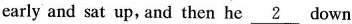
early and sat up, and then he \underline{2} down